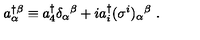
a _ { \alpha } ^ { \dagger } \! ^ { \beta } \equiv a _ { 4 } ^ { \dagger } \delta _ { \alpha } { } ^ { \beta } + i a _ { i } ^ { \dagger } ( \sigma ^ { i } ) _ { \alpha } { } ^ { \beta } \ .